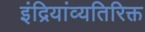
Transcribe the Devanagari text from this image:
इंद्रियांव्यतिरिक्त